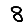
Digit: 8